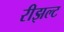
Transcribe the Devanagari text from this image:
रीझल्ट